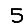
Digit: 5